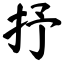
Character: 抒